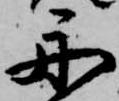
舟